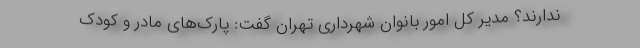
ندارند؟ مدیر کل امور بانوان شهرداری تهران گفت:‌ پارک‌های مادر و کودک